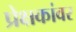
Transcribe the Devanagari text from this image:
प्रेक्षकांवर